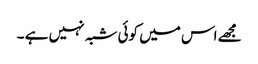
مجھے اس میں کوئی شبہ نہیں ہے ۔